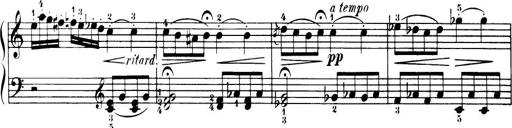
Title: 32 Sonatinas and Rondos for the Piano
Composer: Richard Kleinmichel